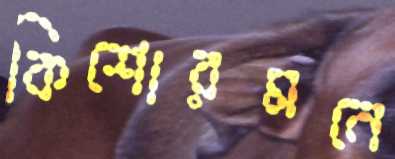
কিশোরমনে